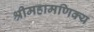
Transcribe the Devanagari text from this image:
श्रीमहामणिक्य